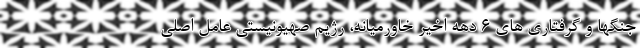
جنگها و گرفتاری های 6 دهه اخیر خاورمیانه، رژیم صهیونیستی عامل اصلی